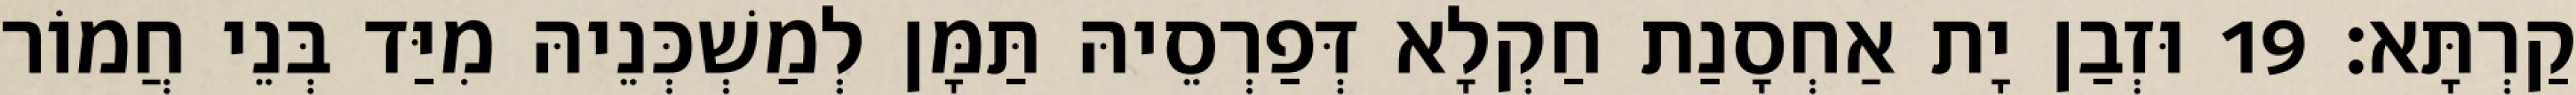
קַרְתָּא׃ 19 וּזְבַן יָת אַחְסָנַת חַקְלָא דְּפַרְסֵיהּ תַּמָּן לְמַשְׁכְּנֵיהּ מִיַּד בְּנֵי חֲמוֹר